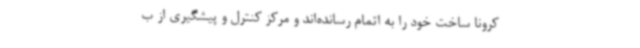
کرونا ساخت خود را به اتمام رسانده‌اند و مرکز کنترل و پیشگیری از ب